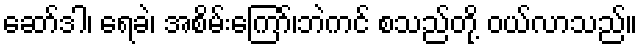
ဆော်ဒါ၊ ရေခဲ၊ အစိမ်းကြော်၊ဘဲကင် စသည်တို့ ဝယ်လာသည်။